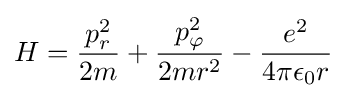
H={\frac {p_{r}^{2}}{2m}}+{\frac {p_{\varphi }^{2}}{2mr^{2}}}-{\frac {e^{2}}{4\pi \epsilon _{0}r}}